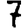
Digit: 7